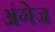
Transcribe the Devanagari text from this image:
अंगेज